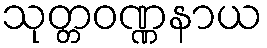
သုတ္တဝဏ္ဏနာယ